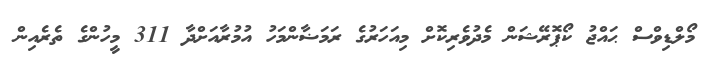
މޯލްޑިވްސް ޙައްޖު ކޯޕޮރޭޝަން މެދުވެރިކޮށް މިއަހަރުގެ ރަމަޟާންމަހު އުމުރާއަށްދާ 311 މީހުންގެ ތެރެއިން